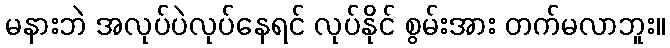
မနားဘဲ အလုပ်ပဲလုပ်နေရင် လုပ်နိုင် စွမ်းအား တက်မလာဘူး။